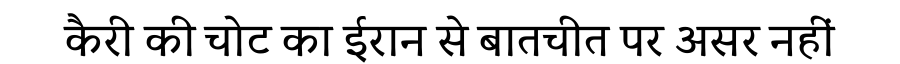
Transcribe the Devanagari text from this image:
कैरी की चोट का ईरान से बातचीत पर असर नहीं